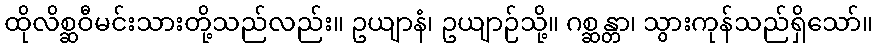
ထိုလိစ္ဆဝီမင်းသားတို့သည်လည်း။ ဥယျာနံ၊ ဥယျာဉ်သို့။ ဂစ္ဆန္တာ၊ သွားကုန်သည်ရှိသော်။